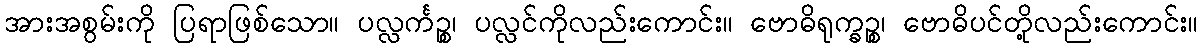
အားအစွမ်းကို ပြရာဖြစ်သော။ ပလ္လင်္ကဉ္စ၊ ပလ္လင်ကိုလည်းကောင်း။ ဗောဓိရုက္ခဉ္စ၊ ဗောဓိပင်တို့လည်းကောင်း။